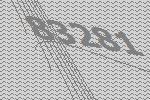
83281